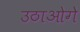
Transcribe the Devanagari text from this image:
उठाओगे